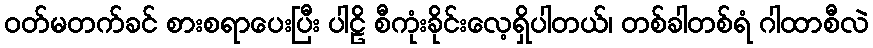
ဝတ်မတက်ခင် စားစရာပေးပြီး ပါဠိ စီကုံးခိုင်းလေ့ရှိပါတယ်၊ တစ်ခါတစ်ရံ ဂါထာစီလဲ